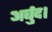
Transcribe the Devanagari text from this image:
अर्बुद।